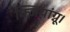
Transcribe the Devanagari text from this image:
क्ज़ियांग्नू।